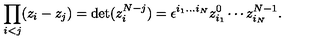
\prod _ { i < j } ( z _ { i } - z _ { j } ) = \mathrm { d e t } ( z _ { i } ^ { N - j } ) = \epsilon ^ { i _ { 1 } . . . i _ { N } } z _ { i _ { 1 } } ^ { 0 } \cdots z _ { i _ { N } } ^ { N - 1 } .